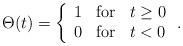
LaTeX: \begin{align*}\Theta(t)=\left\{\begin{array}{lll}1&{\rm for}&t\geq0\\0&{\rm for}&t<0 \end{array}\right..\end{align*}